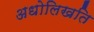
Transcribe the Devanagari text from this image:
अधोलिखति